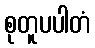
စုတူပပါတံ